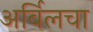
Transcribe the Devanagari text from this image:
अर्बिलचा